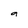
Character: g